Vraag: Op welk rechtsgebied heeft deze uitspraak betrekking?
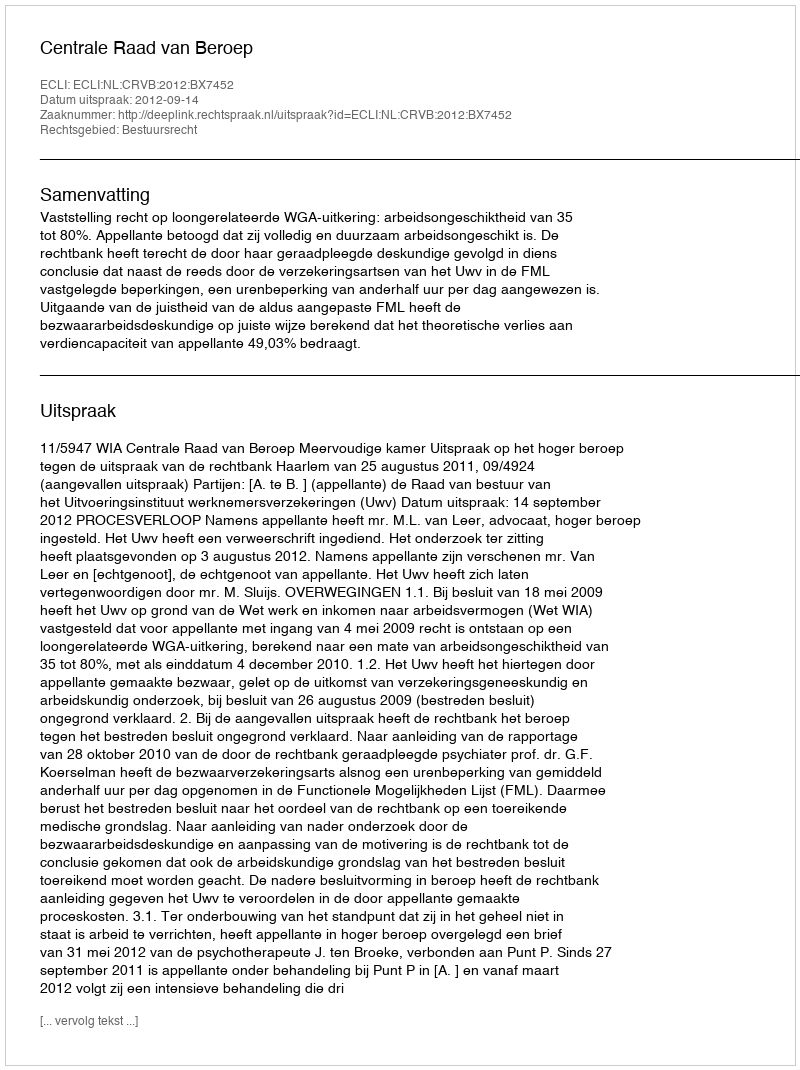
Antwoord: Bestuursrecht